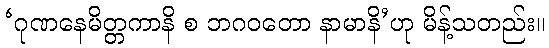
‘ဂုဏနေမိတ္တကာနိ စ ဘဂဝတော နာမာနိ’ဟု မိန့်သတည်း။